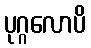
ပုဂ္ဂလောပိ